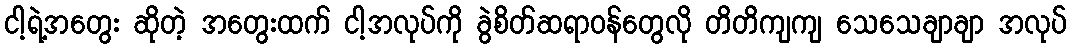
ငါ့ရဲ့အတွေး ဆိုတဲ့ အတွေးထက် ငါ့အလုပ်ကို ခွဲစိတ်ဆရာဝန်တွေလို တိတိကျကျ သေသေချာချာ အလုပ်